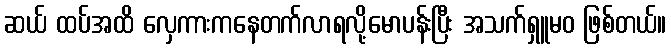
ဆယ် ထပ်အထိ လှေကားကနေတက်လာရလို့မောပန်းပြီး အသက်ရှူမဝ ဖြစ်တယ်။